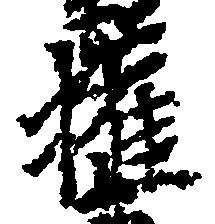
権